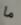
ما